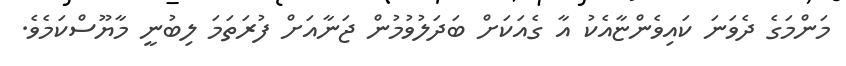
މަންމަގެ ދެވަނަ ކައިވެންޏާއެކު އާ ގެއަކަށް ބަދަލުވުމުން ޖަނާއަށް ފުރަތަމަ ލިބުނީ މާޔޫސްކަމެވެ.